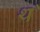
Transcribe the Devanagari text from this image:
थ॓